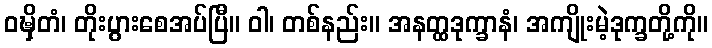
ဝဍ္ဎှိတံ၊ တိုးပွားစေအပ်ပြီ။ ဝါ၊ တစ်နည်း။ အနတ္ထဒုက္ခာနံ၊ အကျိုးမဲ့ဒုက္ခတို့ကို။